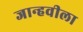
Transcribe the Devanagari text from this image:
जान्हवीला